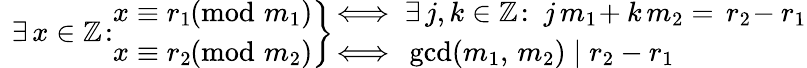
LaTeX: \ \left.\exists\, x\in\mathbb Z\! :\begin{array}{r}{x\equiv r_{1}\! \! \! \pmod{\! m_{1}}}\\ {x\equiv r_{2}\! \! \! \pmod{\! m_{2}}}\end{array}\right\} \begin{array}{l}{\! \iff\exists\, j,k\in\mathbb Z\! :\ j\, m_{1}\! +k\, m_{2}=\, r_{2}\! -r_{1}}\\ {\! \iff\, \operatorname*{gcd}(m_{1},\, m_{2})\mid r_{2}-r_{1}}\end{array}